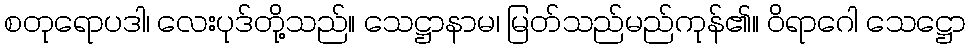
စတုရောပဒါ၊ လေးပုဒ်တို့သည်။ သေဋ္ဌာနာမ၊ မြတ်သည်မည်ကုန်၏။ ဝိရာဂေါ သေဋ္ဌော